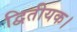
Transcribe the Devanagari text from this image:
द्वितीयक।